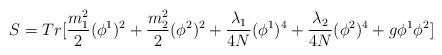
LaTeX: \begin{align*}S = Tr[\frac{m_{1}^{2}}{2} (\phi^{1})^{2} + \frac{m_{2}^{2}}{2} (\phi^{2})^{2} + \frac{\lambda_{1}}{4N} (\phi^{1})^{4}+\frac{\lambda_{2}}{4N} (\phi^{2})^{4} + g \phi^{1}\phi^{2} ]\end{align*}